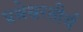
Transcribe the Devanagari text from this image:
प्रश्रेश्वरतीर्थ